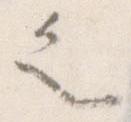
之